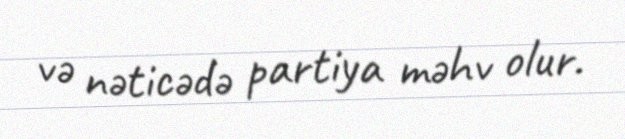
və nəticədə partiya məhv olur.